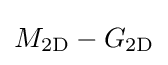
M_{\mathrm {2D} }-G_{\mathrm {2D} }